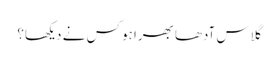
گلاس آدھا بھرا ہو کس نے دیکھا؟